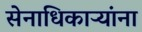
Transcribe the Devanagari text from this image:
सेनाधिकाऱ्यांना